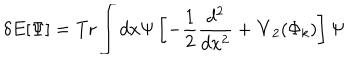
LaTeX: \delta E [ \Psi ] = \mathrm { T r } \int d x \Psi \left[ - { \frac { 1 } { 2 } } { \frac { d ^ { 2 } } { d x ^ { 2 } } } + { \bf V } _ { 2 } ( \Phi _ { k } ) \right] \Psi